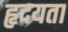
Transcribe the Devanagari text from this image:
हृदयता